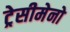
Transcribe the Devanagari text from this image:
ट्रेसीमेनो